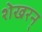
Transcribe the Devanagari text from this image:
शेखरन्